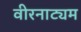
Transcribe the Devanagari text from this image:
वीरनाट्यम